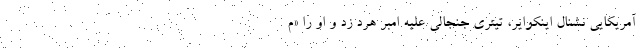
آمریکایی نشنال اینکوایر، تیتری جنجالی علیه امبر هرد زد و او را «م